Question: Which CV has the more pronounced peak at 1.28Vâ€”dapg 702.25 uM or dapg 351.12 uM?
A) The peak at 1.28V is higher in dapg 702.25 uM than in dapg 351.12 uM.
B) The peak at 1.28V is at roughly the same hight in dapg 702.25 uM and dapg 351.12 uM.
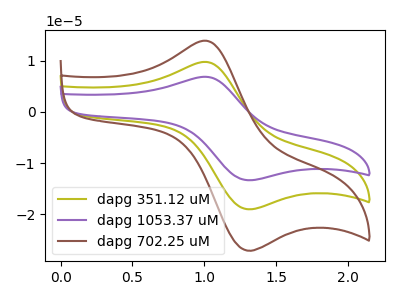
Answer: <think>The olive curve "dapg 351.12 uM" has an anodic peak at (1.00V, 9.75uA) and a cathodic peak at (1.30V, -18.90uA). The purple curve "dapg 1053.37 uM" has an anodic peak at (1.00V, 19.50uA) and a cathodic peak at (1.30V, -37.85uA). The brown curve "dapg 702.25 uM" has an anodic peak at (1.00V, 13.90uA) and a cathodic peak at (1.30V, -26.95uA).</think>
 <answer>A) The peak at 1.28V is higher in "dapg 702.25 uM" than in "dapg 351.12 uM".</answer>
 <eval>A</eval>